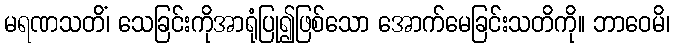
မရဏသတိံ၊ သေခြင်းကိုအာရုံပြု၍ဖြစ်သော အောက်မေခြင်းသတိကို။ ဘာဝေမိ၊